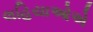
લહિયાઓએ